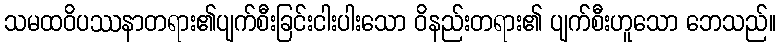
သမထဝိပဿနာတရား၏ပျက်စီးခြင်းငါးပါးသော ဝိနည်းတရား၏ ပျက်စီးဟူသော ဘေသည်။